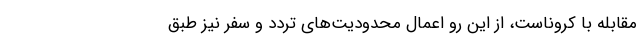
مقابله با کروناست، از این رو اعمال محدودیت‌های تردد و سفر نیز طبق